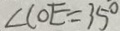
\angle C O E = 3 5 ^ { \circ }